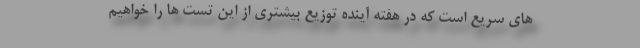
های سریع است که در هفته آینده توزیع بیشتری از این تست ها را خواهیم